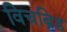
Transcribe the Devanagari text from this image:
विचब्रिड